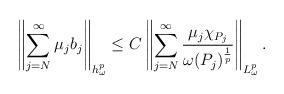
LaTeX: \begin{align*}\left \|\sum\limits_{j=N}^{\infty}\mu_{j}b_{j}\right \|_{h_{\omega}^{p}}\leq C\left \|\sum\limits_{j=N}^{\infty}\frac{\mu_j \chi_{P_j}}{\omega(P_j)^{\frac{1}{p}}}\right \|_{L_{\omega}^{p}}.\end{align*}